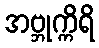
အဗ္ဘုက္ကိရိ